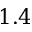
1 . 4